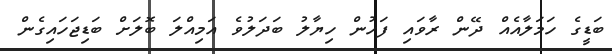
ބަޑީގެ ހަމަލާއެއް ދޭން ރާވައި ފަހުން ހިޔާލު ބަދަލުވެ އަމިއްލަ ބޮލަށް ބަޑިޖަހައިގެން